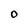
Character: 0